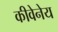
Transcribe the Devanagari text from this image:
कीवेनेय